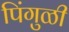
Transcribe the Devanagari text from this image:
पिंगुळी